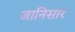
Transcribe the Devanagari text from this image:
जानिसार